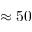
\approx 5 0